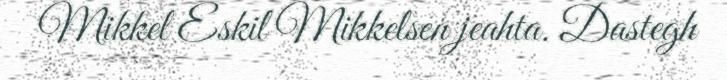
Mikkel Eskil Mikkelsen jeahta. Dastegh